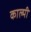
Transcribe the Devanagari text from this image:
काल्मी